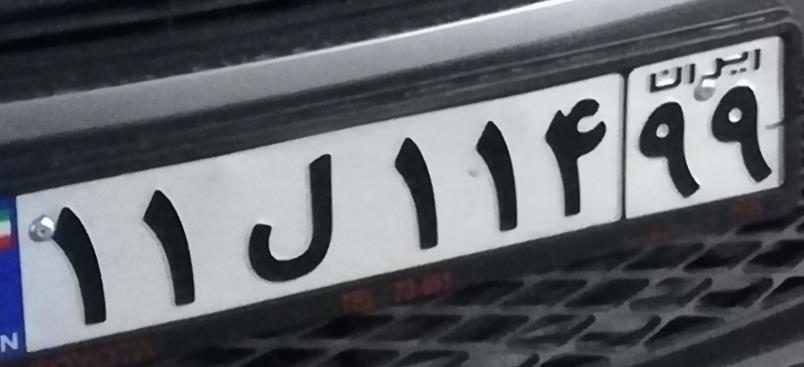
۱۱ل۱۱۴۹۹